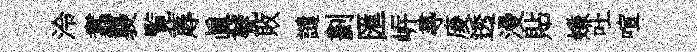
泠翥襲覧蓐眞甓敗譴劃匯㟁𡬶庱透漫貼嫌吐喧